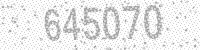
Solution: 645070